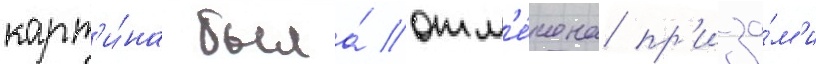
карт'и́на была́ отм'е́чена пр'иза́м'и